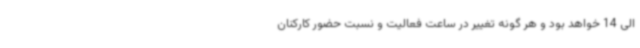
الی 14 خواهد بود و هر گونه تغییر در ساعت فعالیت و نسبت حضور کارکنان